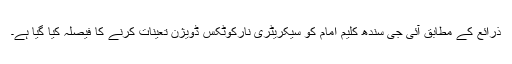
ذرائع کے مطابق آئی جی سندھ کلیم امام کو سیکریٹری نارکوٹکس ڈویژن تعینات کرنے کا فیصلہ کیا گیا ہے۔